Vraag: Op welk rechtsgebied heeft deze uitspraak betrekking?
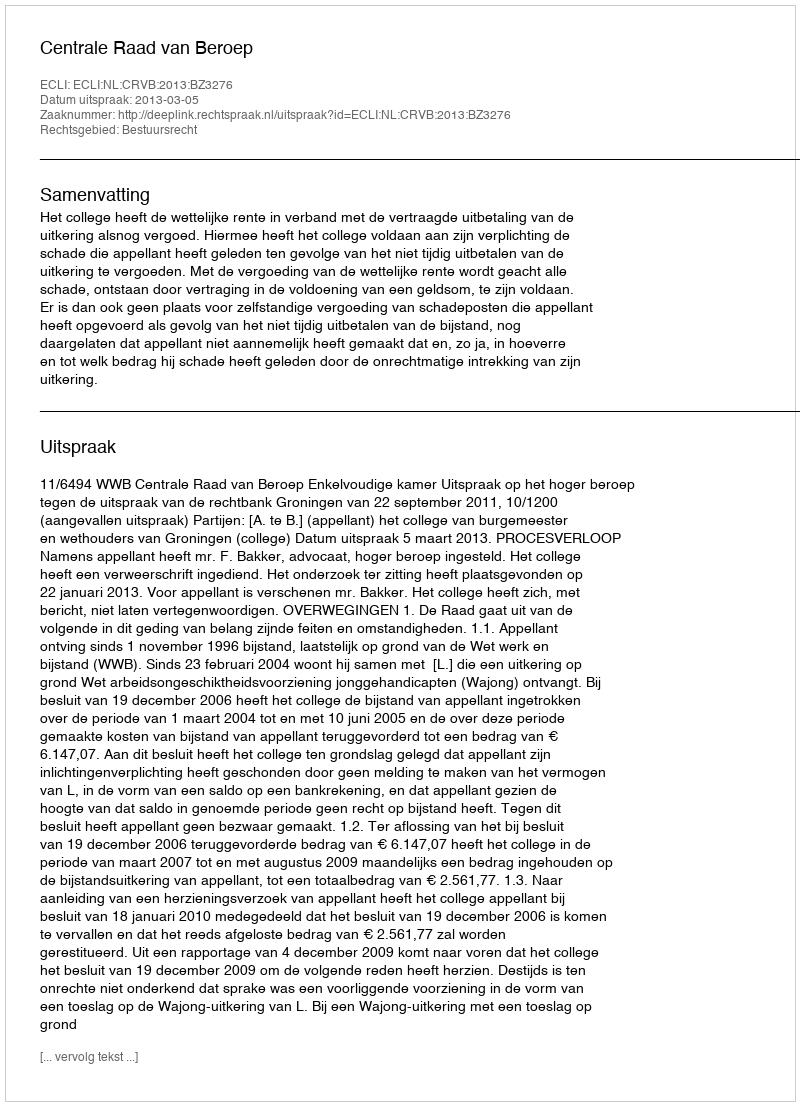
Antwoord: Bestuursrecht